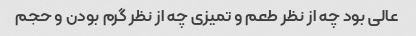
عالی بود چه از نظر طعم و تمیزی چه از نظر گرم بودن و حجم